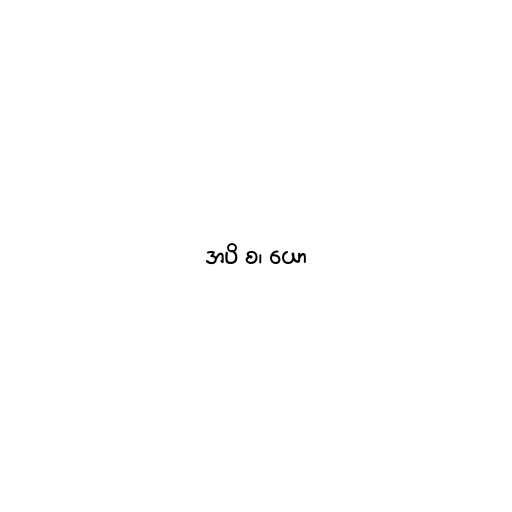
အပိ စ၊ ယော